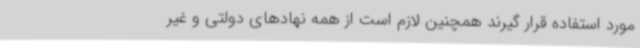
مورد استفاده قرار گیرند همچنین لازم است از همه نهادهای دولتی و غیر